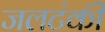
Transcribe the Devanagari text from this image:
जलटंकी